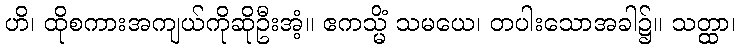
ဟိ၊ ထိုစကားအကျယ်ကိုဆိုဦးအံ့။ ဧကသ္မိံ သမယေ၊ တပါးသောအခါ၌။ သတ္ထာ၊